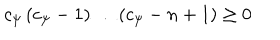
LaTeX: c _ { \psi } \left( c _ { \psi } - 1 \right) \dots \left( c _ { \psi } - n + 1 \right) \geq 0